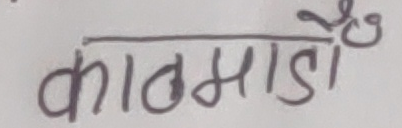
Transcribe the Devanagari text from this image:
काठमाडौँ